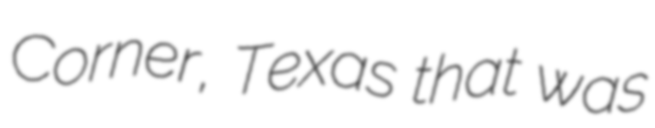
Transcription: Corner, Texas that was